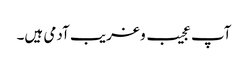
آپ عجیب و غریب آدمی ہیں۔